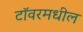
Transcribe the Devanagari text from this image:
टॉवरमधील